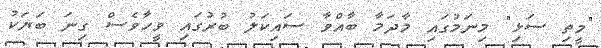
"މީތި ސަޅި" މިނަމުގައި މާދަމާ ބާއްވާ ސައިކަލު ބުރުގައި ވީހާވެސް ގިނަ ބަޔަކު